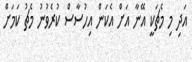
އަދި މި މެޗަކީ އޭނާ އަށް އެކަން އިހުސާސް ކުރެވުނު މެޗު ކަމަށް